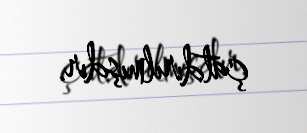
çatdırılmışdır.